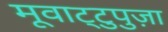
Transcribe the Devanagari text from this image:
मूवाट्टुपुज़ा